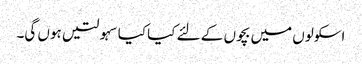
اسکولوں میں بچوں کے لئے کیا کیا سہولتیں ہوں گی۔